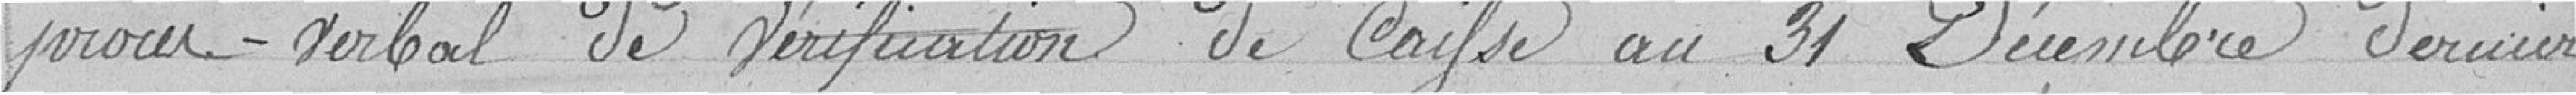
procès-verbal de vérification de caisse au 31 Décembre dernier ;